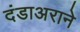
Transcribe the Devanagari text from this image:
दंडाअराने